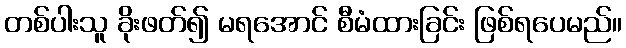
တစ်ပါးသူ ခိုးဖတ်၍ မရအောင် စီမံထားခြင်း ဖြစ်ရပေမည်။